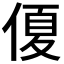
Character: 𠌘